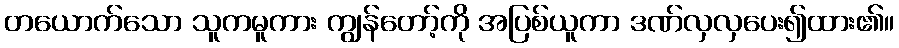
တယောက်သော သူကမူကား ကျွန်တော့်ကို အပြစ်ယူကာ ဒဏ်လှလှပေး၍ထား၏။